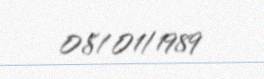
08/01/1989